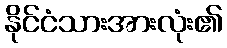
နိုင်ငံသားအားလုံး၏